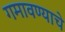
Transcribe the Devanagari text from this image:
गमावण्याचे